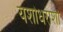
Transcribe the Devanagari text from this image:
यशोधराशी